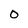
Character: O